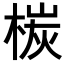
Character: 𣕴